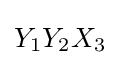
Y_{1}Y_{2}X_{3}